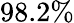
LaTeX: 98.2\%